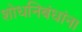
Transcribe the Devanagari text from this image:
शोधनिबंधांना